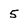
Character: 5